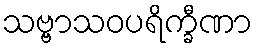
သဗ္ဗာသဝပရိက္ခီဏာ